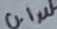
Text: 0.1µF